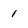
Character: 1